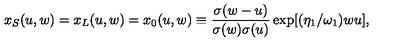
x _ { S } ( u , w ) = x _ { L } ( u , w ) = x _ { 0 } ( u , w ) \equiv { \frac { \sigma ( w - u ) } { \sigma ( w ) \sigma ( u ) } } \exp [ ( \eta _ { 1 } / \omega _ { 1 } ) w u ] ,